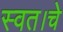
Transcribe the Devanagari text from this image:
स्वत।चे